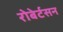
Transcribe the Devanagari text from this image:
रोबेर्टसन